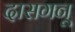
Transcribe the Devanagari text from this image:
दासगनू